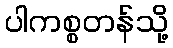
ပါကစ္စတန်သို့